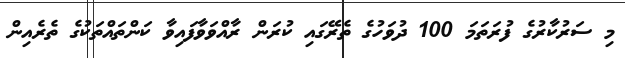
މި ސަރުކާރުގެ ފުރަތަމަ 100 ދުވަހުގެ ތެރޭގައި ކުރަން ރާއްވަވާފައިވާ ކަންތައްތަކުގެ ތެރެއިން